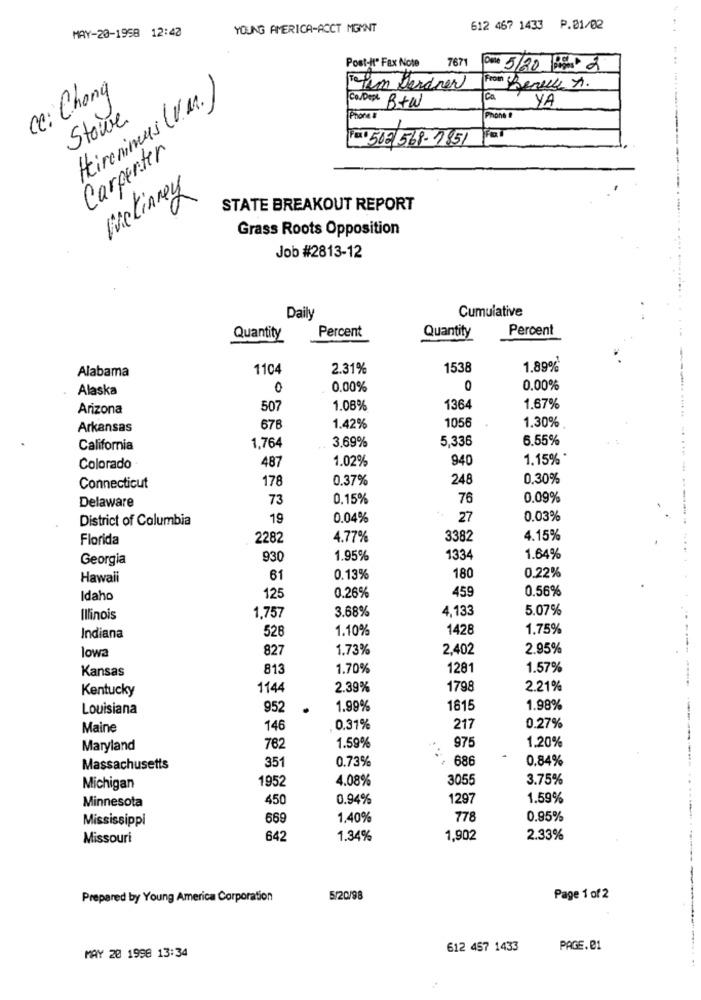
MAY-20-1958 12:40
YOUNG AMERICA-ACCT MEMNT
612 467 1433 P.01/02
Post-It" Fax Note
7671
Date 5/20 Buste 2
ce: Chong
Tofun Gardner
From Beney A.
Hirenimus (V.M.)
ICo
YA
Co/Dept B+w
Stowe
Phone #
Phone #
FOTO 502 568-7851
Carpenter
Mckinney
STATE BREAKOUT REPORT
Grass Roots Opposition
Job #2813-12
Cumulative
Daily
Percent
Percent
Quantity
Quantity
Alabama
1104
2.31%
1538
1.89%
Alaska
0
0.00%
0.00%
Arizona
507
1.08%
1364
1.67%
1056
1,30%
Arkansas
678
1.42%
3,69%
5,336
6.55%
California
1,764
487
1.02%
940
1.15% *
Colorado
178
0.37%
248
0.30%
Connecticut
Delaware
73
0,15%
76
0.09%
District of Columbia
19
0.04%
27
0.03%
----.
Florida
2282
4.77%
3382
4.15%
Georgia
930
1.95%
1334
1.64%
0.22%
Hawali
61
0.13%
180
459
0.56%
Idaho
125
0.26%
3.68%
4,133
5.07%
Illinois
1,757
528
1.10%
1428
1,75%
Indiana
lowa
827
1.73%
2,402
2.95%
Kansas
813
1.70%
1281
1.57%
Kentucky
1144
2.39%
1798
2.21%
Louisiana
952
1.99%
1815
1.98%
Maine
146
0.31%
217
0.27%
1.20%
Maryland
762
1.59%
975
351
0.73%
686
0.84%
Massachusetts
1952
4.08%
3055
3.75%
Michigan
450
0.94%
1297
1.59%
Minnesota
Mississippi
669
1,40%
778
0.95%
Missouri
642
1.34%
1,902
2.33%
Prepared by Young America Corporation
5/20/98
Page 1 of 2
612 457 1433
PAGE.01
MAY 20 1998 13:34